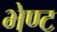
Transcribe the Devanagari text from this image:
भेण्ट